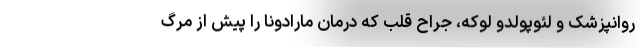
روانپزشک و لئوپولدو لوکه، جراح قلب که درمان مارادونا را پیش از مرگ